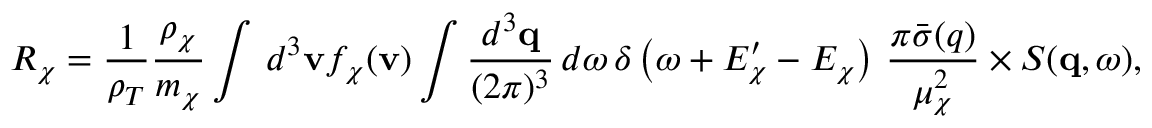
R _ { \chi } = \frac { 1 } { \rho _ { T } } \frac { \rho _ { \chi } } { m _ { \chi } } \int \, d ^ { 3 } \mathbf { v } f _ { \chi } ( \mathbf { v } ) \int \frac { d ^ { 3 } \mathbf { q } } { ( 2 \pi ) ^ { 3 } } \, d \omega \, \delta \left( \omega + E _ { \chi } ^ { \prime } - E _ { \chi } \right) \, \frac { \pi \bar { \sigma } ( q ) } { \mu _ { \chi } ^ { 2 } } \times S ( \mathbf { q } , \omega ) ,